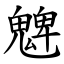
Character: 䰦